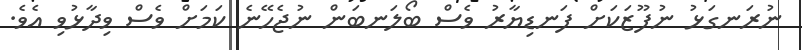
ނުރަނގަޅު ނުފޫޒަކަށް ފަނޑިޔާރު ވެސް ބޯލަނބަން ނުޖެހޭނެ ކަމަށް ވެސް ވިދާޅުވި އެވެ.